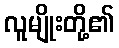
လူမျိုးတို့၏